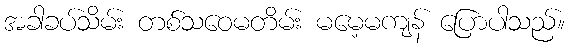
အခါခပ်သိမ်း တစ်သဝေမတိမ်း မမေ့မကျန် ပြောပါသည်။